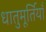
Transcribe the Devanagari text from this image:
धातुमूर्तियाँ